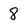
Character: 8